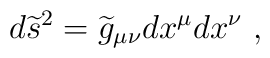
d{\widetilde s}^2={\widetilde g}_{\mu\nu}dx^\mu dx^\nu~,